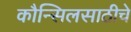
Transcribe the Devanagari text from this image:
कौन्सिलसाठीचे